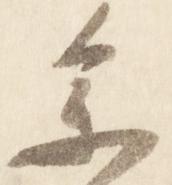
参